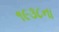
૧૯૩૮ના